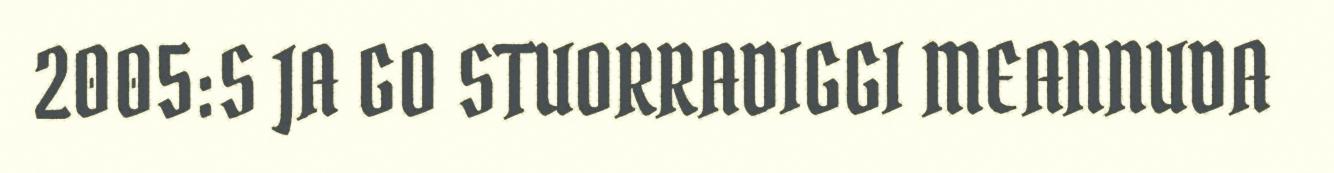
2005:S JA GO STUORRADIGGI MEANNUDA